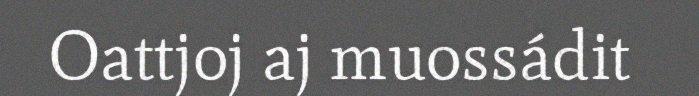
Oattjoj aj muossádit